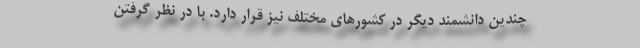
چندین دانشمند دیگر در کشورهای مختلف نیز قرار دارد. با در نظر گرفتن